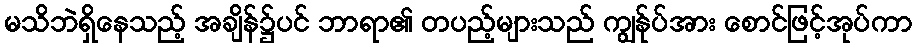
မသိဘဲရှိနေသည့် အချိန်၌ပင် ဘာရာ၏ တပည့်များသည် ကျွန်ုပ်အား စောင်ဖြင့်အုပ်ကာ